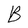
Character: B